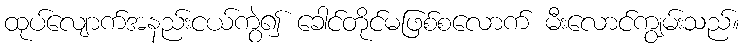
ထုပ်လျောက်အနည်းငယ်ကွဲ၍ ခေါင်တိုင်မဖြစ်စလောက် မီးလောင်ကျွမ်းသည်။